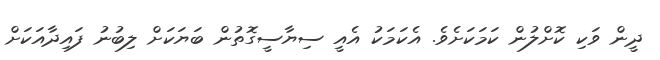
ދީން ވަކި ކޮށްލުން ކަމަކަށެވެ. އެކަމަކު އެއީ ސިޔާސީގޮތުން ބަޔަކަށް ލިބުނު ފައިދާއަކަށް